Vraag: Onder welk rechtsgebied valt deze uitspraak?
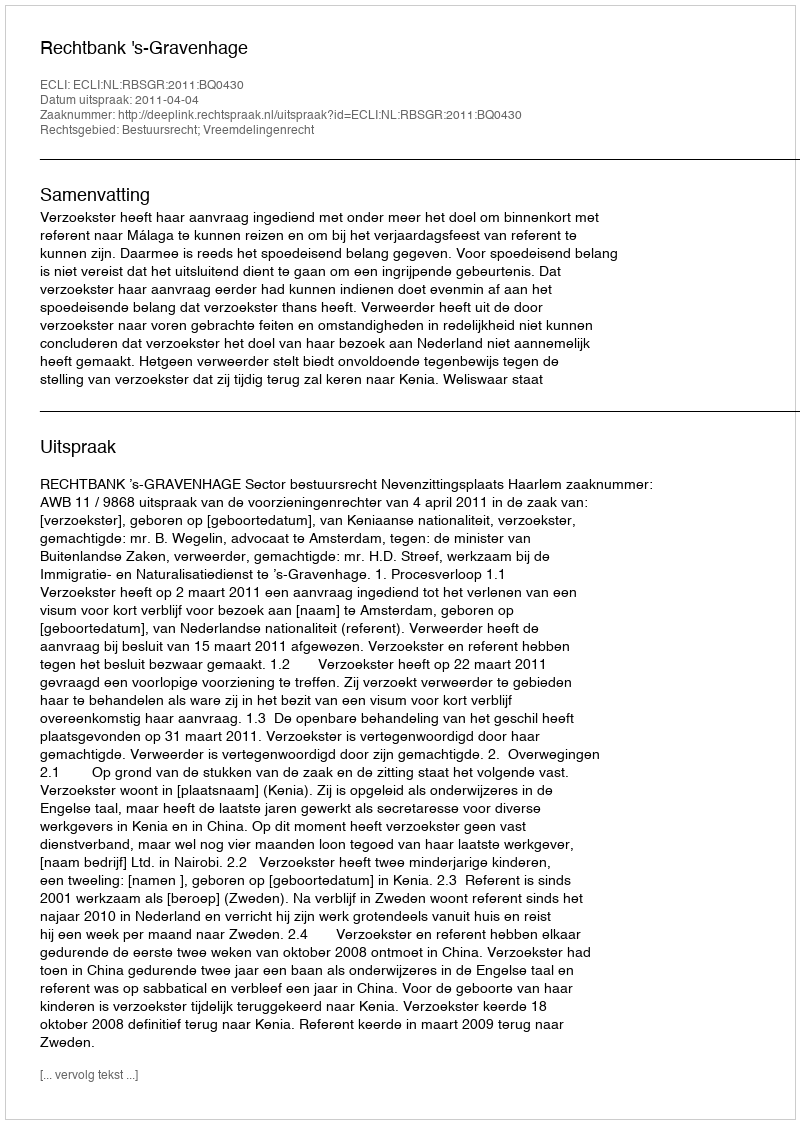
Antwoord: Bestuursrecht; Vreemdelingenrecht